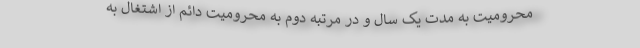
محرومیت به مدت یک سال و در مرتبه دوم به محرومیت دائم از اشتغال به